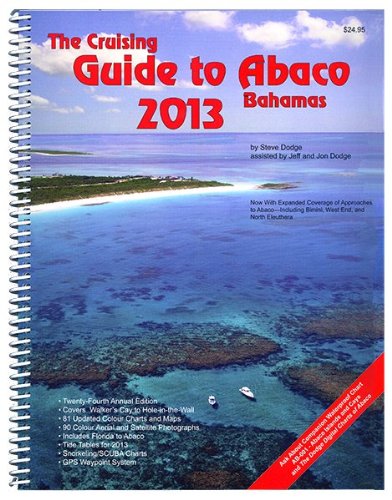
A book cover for The Cruising Guide to Abaco, Bahamas: 2013; Steve Dodge; Travel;